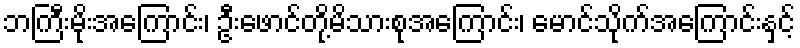
ဘကြီးမိုးအကြောင်း၊ ဦးဖောင်တို့မိသားစုအကြောင်း၊ မောင်သိုက်အကြောင်းနှင့်